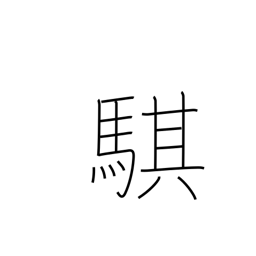
Meaning: fast horse